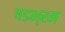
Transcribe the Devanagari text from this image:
षडभ्रम